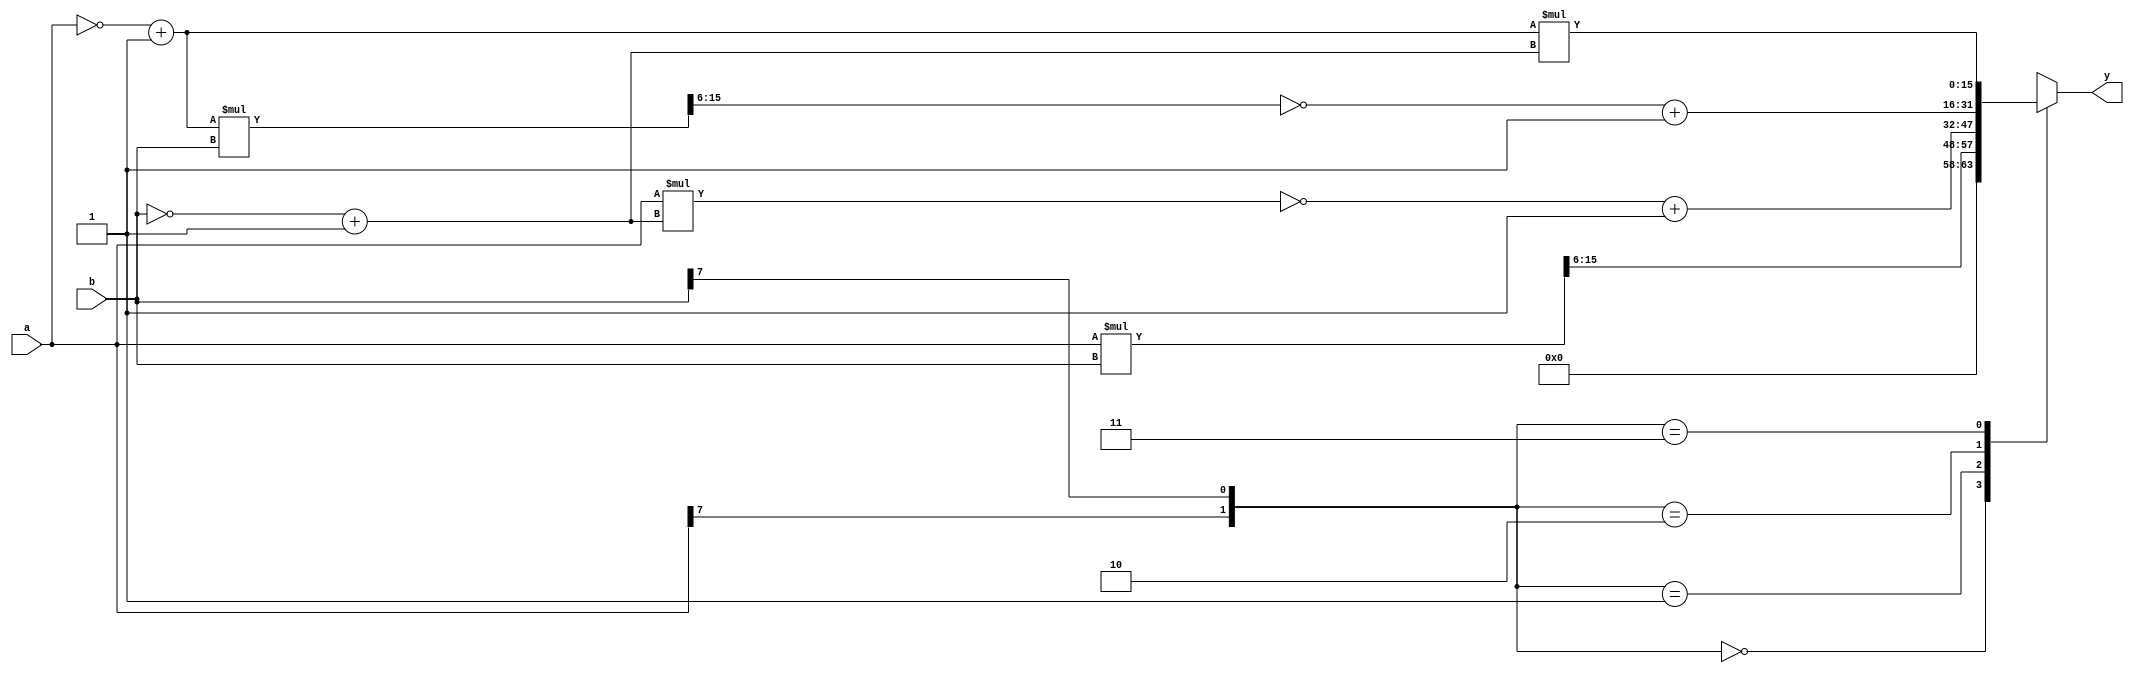
module signed_mult(
  input [7:0]a,                         // Multiplicend 1
  input [7:0]b,                         // Multiplicend 2
  output reg [15:0]y                    // Result
  );
  
  reg [15:0]temp;
  reg [7:0]p;
  reg [7:0]q;
  reg m;
 
  always@(a or b)
  begin
  case({a[7],b[7]})
  2'b00:begin
		  y=a*b;
		  y=y>>6;
		  end  
		  
  2'b01:begin
        q=(~b)+1;
		  temp=a*q;
		  y=(~temp)+1;
		  end
		  
  2'b10:begin
        p=(~a)+1;
		  temp=p*b;
		  temp=temp>>6;
		  y=(~temp)+1;
		  end
		  
  2'b11:begin
        q=(~b)+1;
		  p=(~a)+1;
		  temp=p*q;
		  y=temp;
		  end	  
   default:begin
		  y=a*b;
		  end  
  
  endcase
  end


endmodule